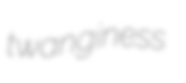
twanginess